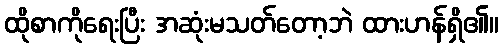
ထိုစာကိုရေးပြီး အဆုံးမသတ်တော့ဘဲ ထားဟန်ရှိ၏။